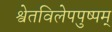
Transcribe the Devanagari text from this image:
श्वेतविलेपपुष्पम्